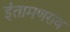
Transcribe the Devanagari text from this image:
इंतामणराव